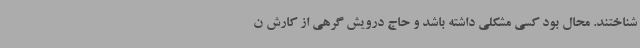
شناختند. محال بود کسی مشکلی داشته باشد و حاج درویش گرهی از کارش ن